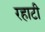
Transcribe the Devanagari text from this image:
रहाटी